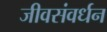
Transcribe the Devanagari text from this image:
जीवसंवर्धन